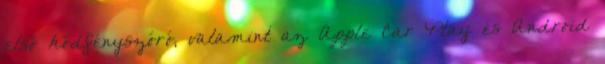
első ködfényszóró, valamint az Apple Car Play és Android